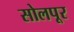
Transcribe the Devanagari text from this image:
सोलपूर